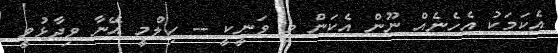
އެކަމަކު އެހެނެއް ނޫން އެކަން މި ވަނީކީ -- ހިލްމީ އޭނާ ވިދާޅުވީ